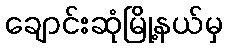
ချောင်းဆုံမြို့နယ်မှ